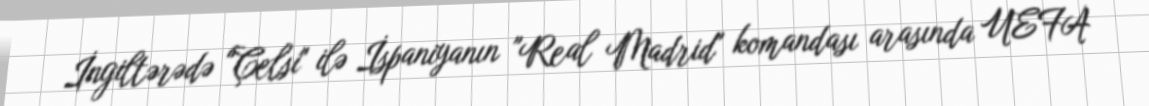
İngiltərədə "Çelsi" ilə İspaniyanın "Real Madrid" komandası arasında UEFA